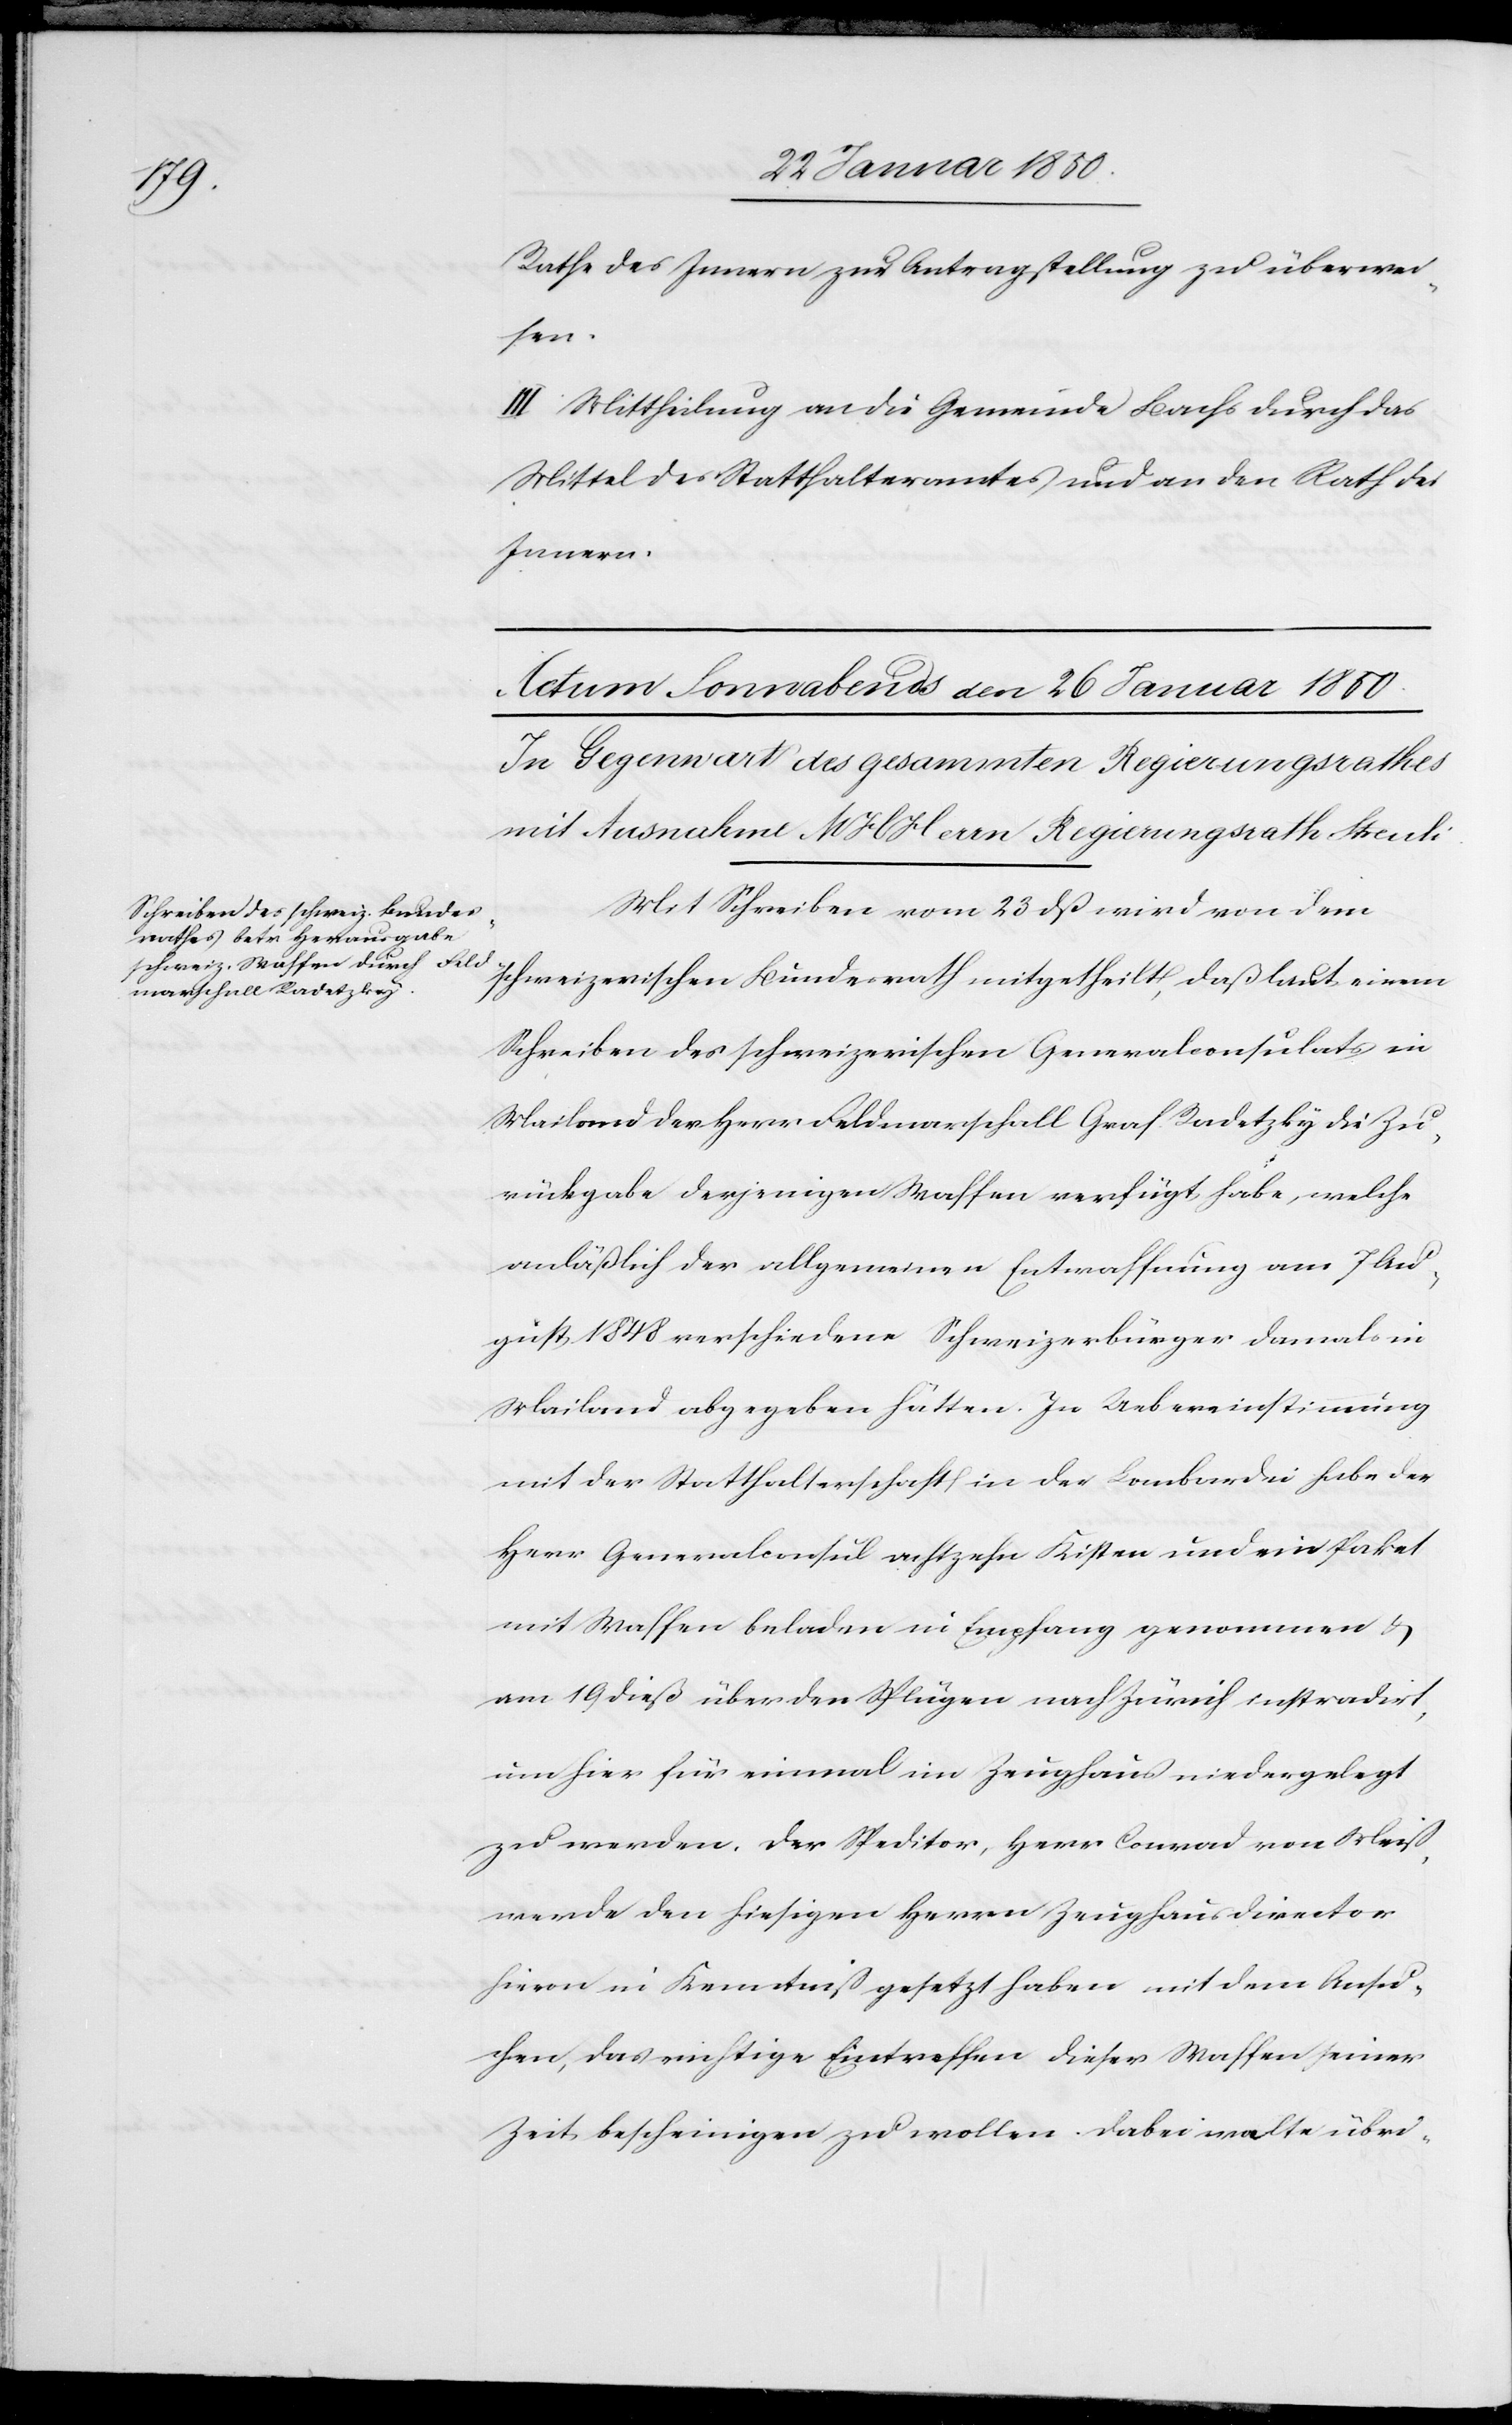
Rathe des Innern zur Antragstellung zu überwei¬
sen.
III. Mittheilung an die Gemeinde Bachs durch das
Mittel des Statthalteramtes und an den Rath des
Innern.
Mit Schreiben vom 23 dß wird von dem
schweizerischen Bundesrath mitgetheilt, daß laut einem
Schreiben des schweizerischen Generalconsulats in
Mailand der Herr Feldmarschall Graf Radetzky die Zu¬
rückgabe derjenigen Waffen verfügt habe, welche
anläßlich der allgemeinen Entwaffnung am 7 Au¬
gust 1848 verschiedene Schweizerbürger damals in
Mailand abgegeben hätten. In Uebereinstimmung
mit der Statthalterschaft in der Lombardei habe der
Herr Generalconsul achtzehn Kisten und ein Paket
mit Waffen beladen in Empfang genommen u.
am 19 dieß über den Splügen nach Zürich instradirt,
um hier für einmal im Zeughaus niedergelegt
zu werden. Der Speditor, Herr Conrad von Meiß,
werde den hiesigen Herrn Zeughausdirector
hievon in Kenntniß gesetzt haben mit dem Ansu¬
chen, das richtige Eintreffen dieser Waffen seiner
Zeit bescheinigen zu wollen. Dabei walte übri-